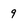
Character: 9